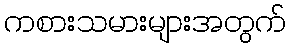
ကစားသမားများအတွက်